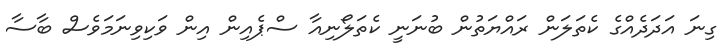
ގިނަ އަދަދެއްގެ ކެތަލަން ރައްޔަތުން ބުނަނީ ކެތަލޯނިއާ ސްޕެއިން އިން ވަކިވިނަމަވެސް ބާސާ